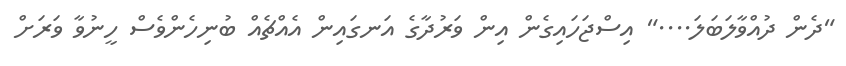
"ދެން ދުއްވާލަބަލަ...." އިސްޖަހައިގެން އިން ވަރުދާގެ އަނގައިން އެއްޗެއް ބުނިހެންވެސް ހީނުވާ ވަރަށް